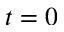
t = 0